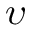
\upsilon